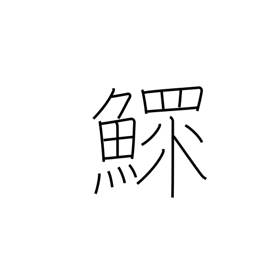
Meaning: widower